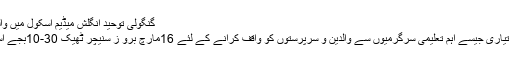
گنگولی توحید انگلش میڈیم اسکول میں والدین و سرپرستوں کے ساتھ انتظامیہ کی نشست کا انعقاد
اسکول کے تعلیمی اصول وضوابط، سالانہ امتحانات کی تیاری جیسے اہم تعلیمی سرگرمیوں سے والدین و سرپرستوں کو واقف کرانے کے لئے 16مارچ برو ز سنیچر ٹھیک 30-10بجے اسکول کے وسیع ہال میں ایک اہم نشست کا انعقاد کیاگیا ۔